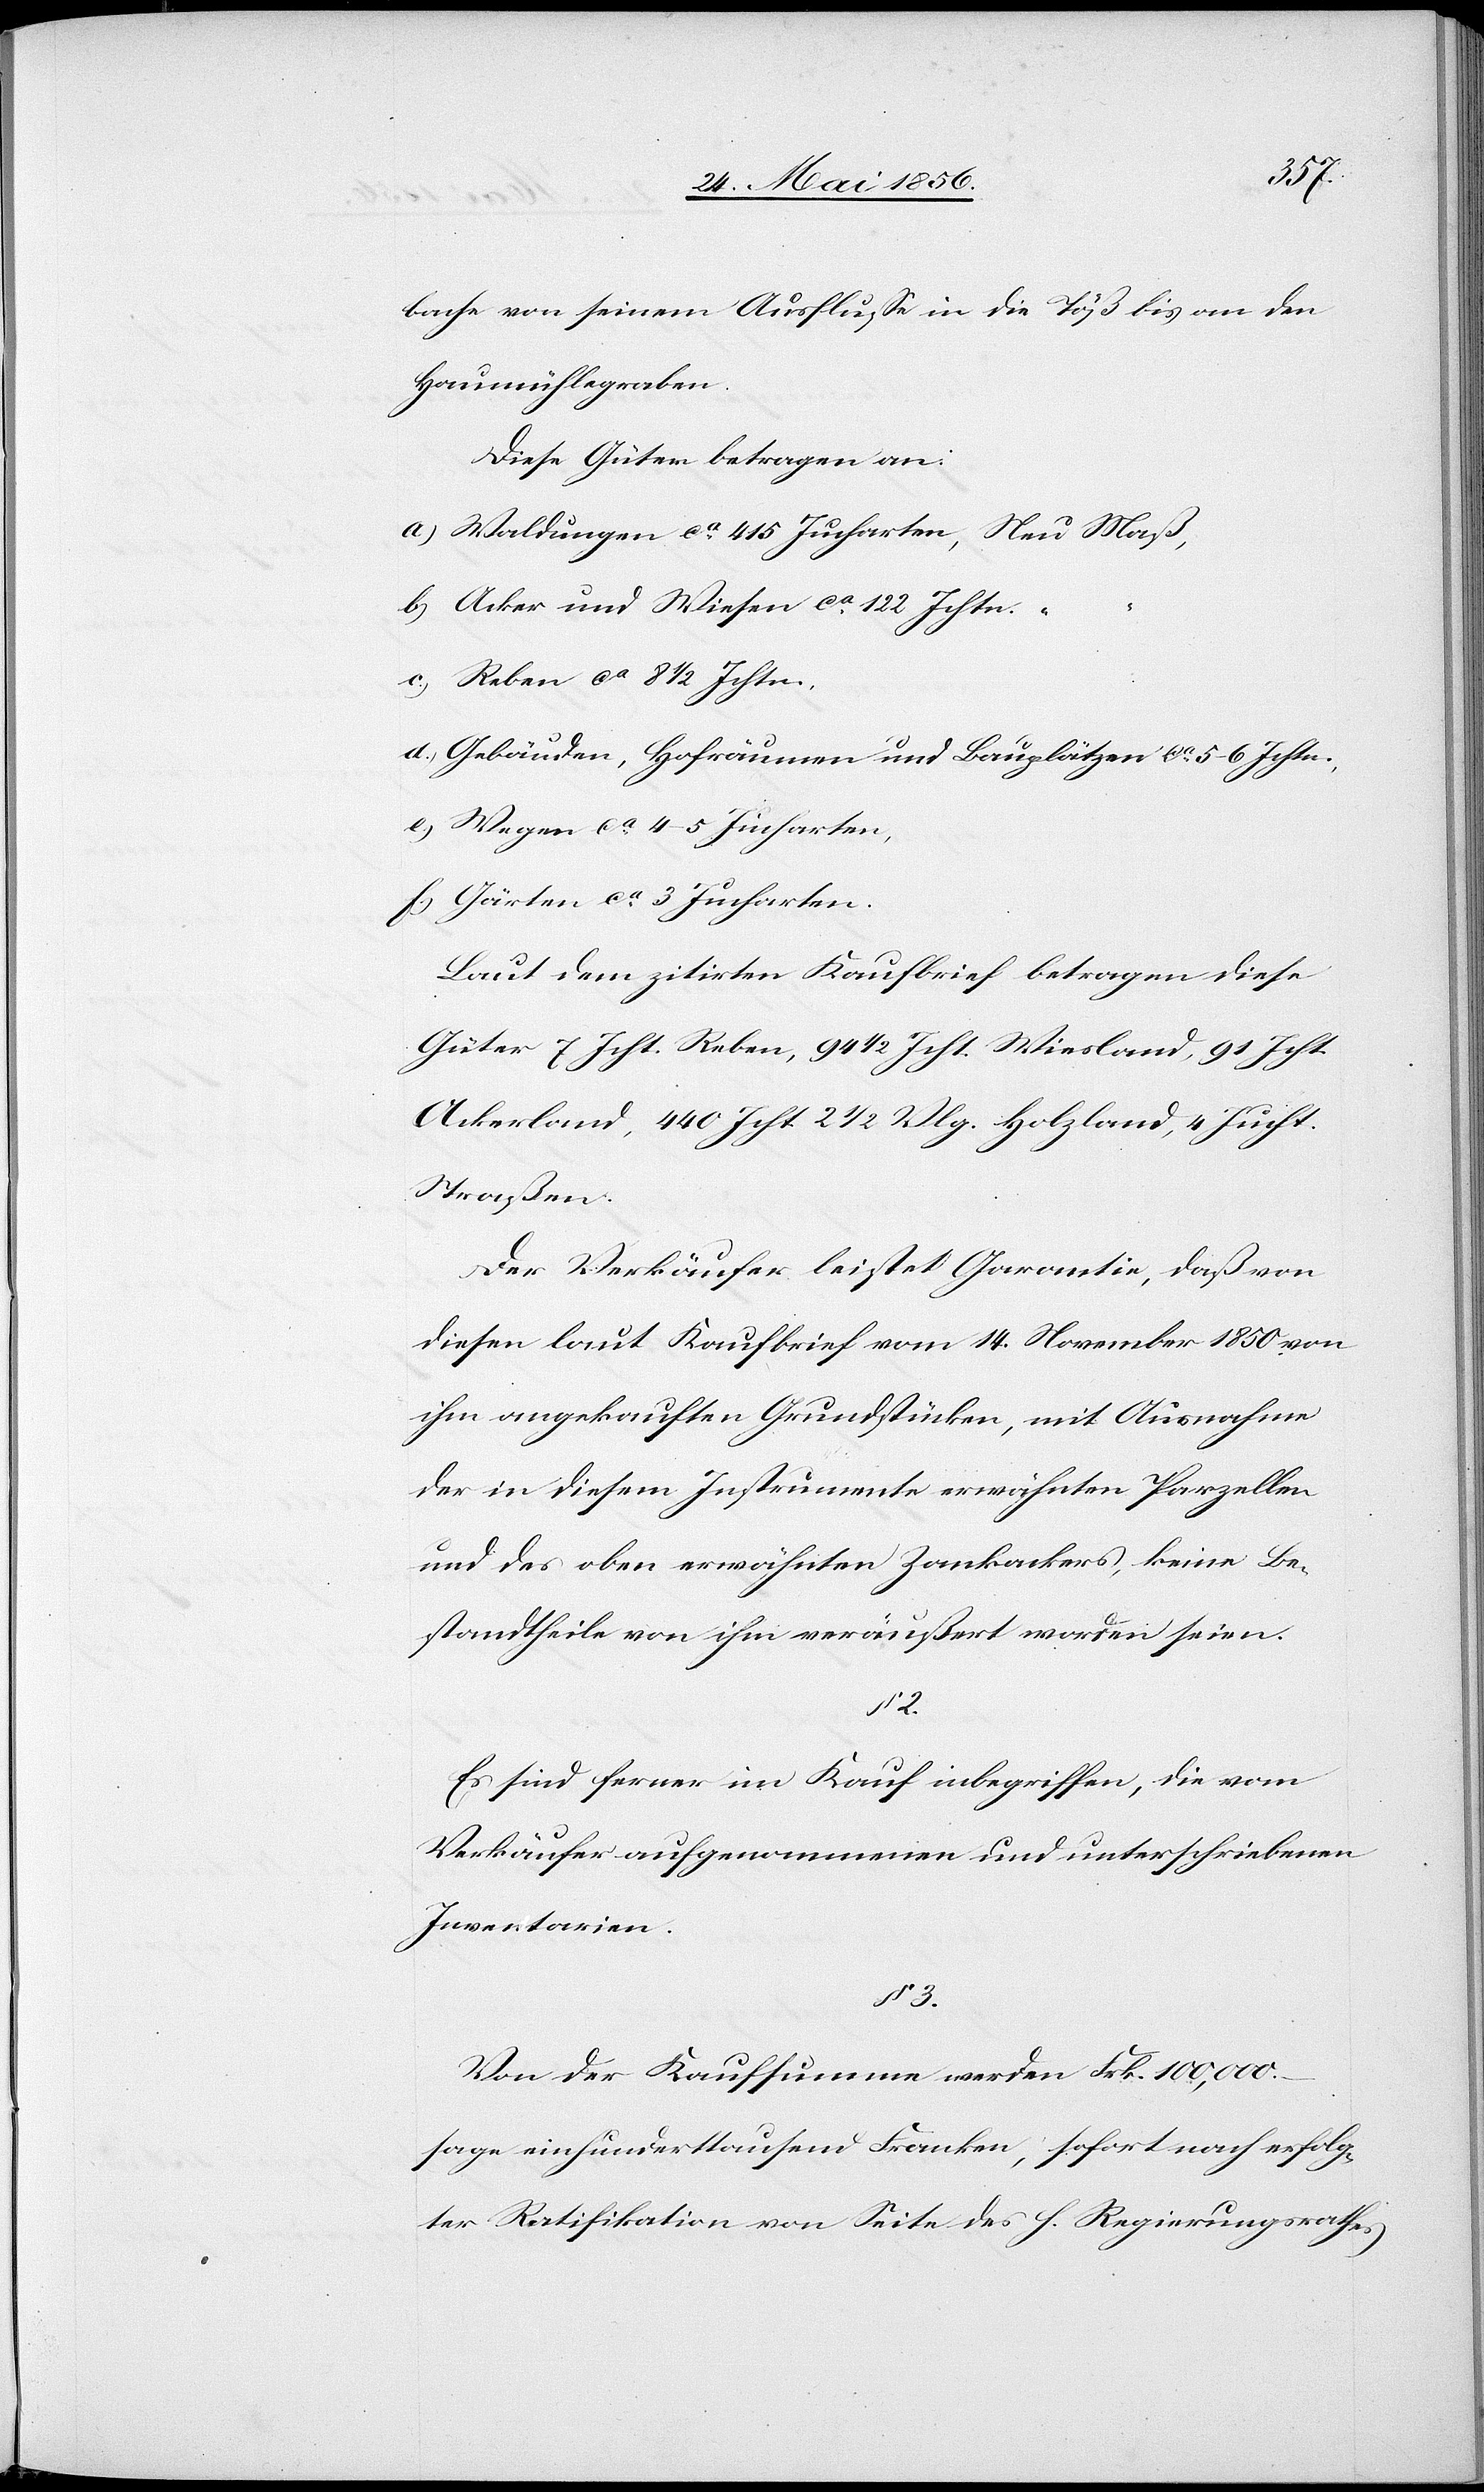
bache von seinem Ausflusse in die Töß bis an den
Haumühlegraben.
Diese Güter betragen an:
a.) Waldungen ca 415 Jucharten,	Neu Maß,
b.) Acker und Wiesen ca 122 Jchtn.
c.) Reben ca 8 ½ Jchtn.,
d.) Gebäuden, Hofräumen und Bauplätzen ca 5–6 Jchtn.,
e.) Wegen ca 4–5 Jucharten,
f.) Gärten ca 3 Jucharten.
Laut dem zitirten Kaufbrief betragen diese
Güter 7 Jcht. Reben, 94 ½ Jcht. Wiesland, 91 Jcht.
Ackerland, 440 Jcht. 2 ½ Vlg. Holzland, 4 Jcht.
Straßen.
Der Verkäufer leistet Garantie, daß von
diesen laut Kaufbrief vom 14. November 1850 von
ihm angekauften Grundstücken, mit Ausnahme
der in diesem Instrumente erwähnten Parzellen
und des oben erwähnten Zankackers, keine Be¬
standtheile von ihm veräußert worden seien.
Es sind ferner im Kauf inbegriffen, die vom
Verkäufer aufgenommenen und unterschriebenen
Inventarien.
§ 3.
Von der Kaufsumme werden Frk. 100,000.
sage einhunderttausend Franken, sofort nach erfolg¬
ter Ratifikation von Seite des h. Regierungsrathes